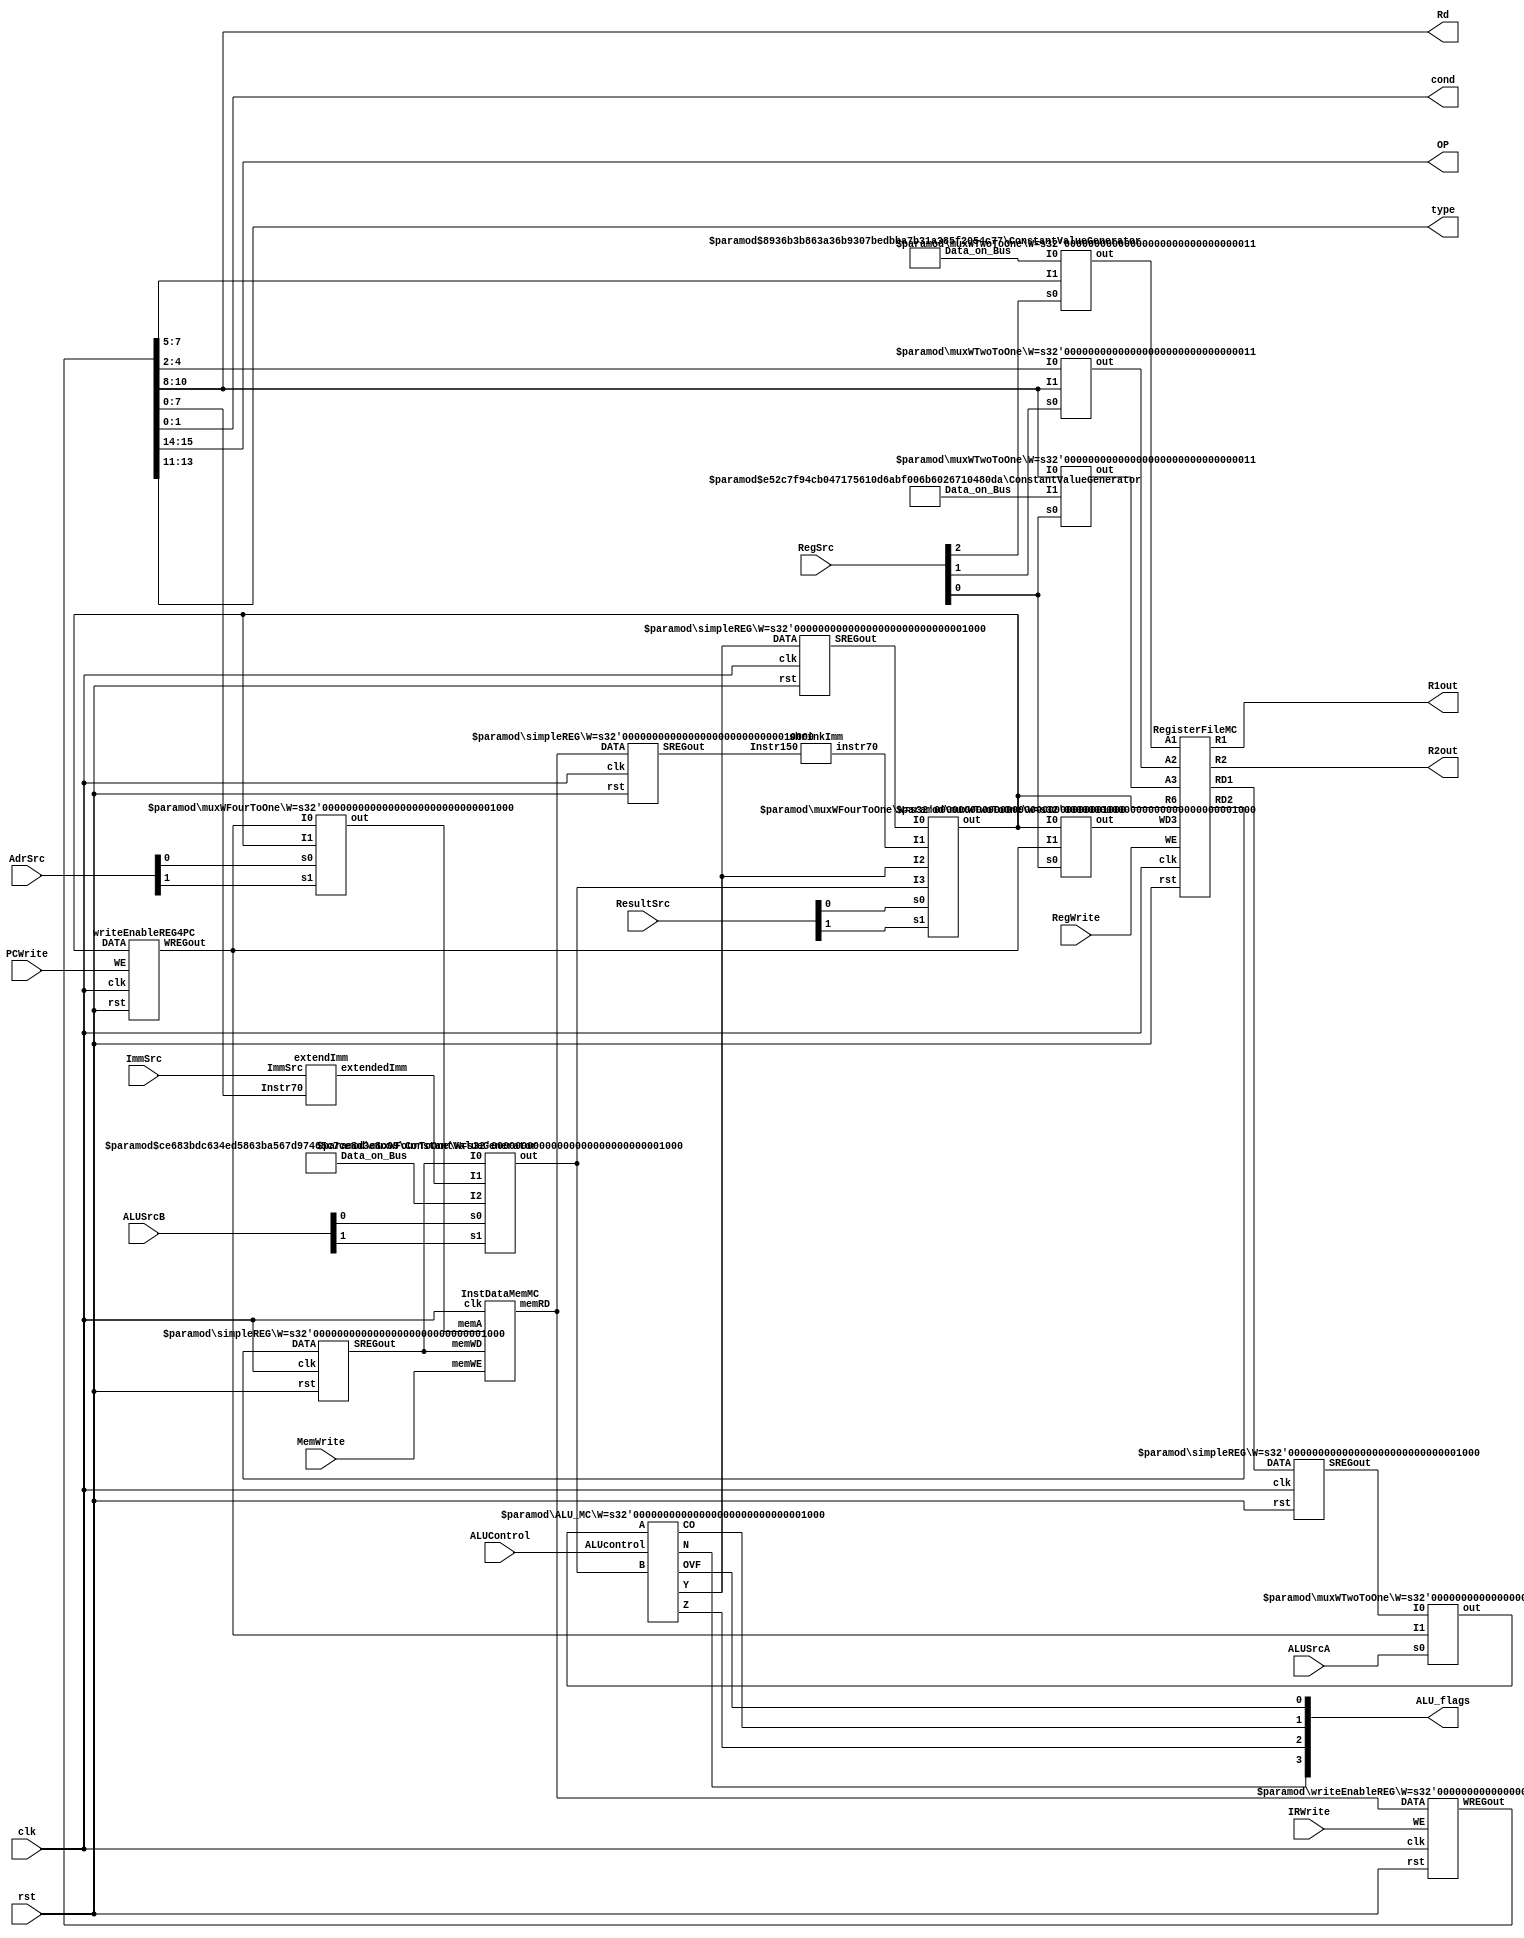
module multi_cycle_datapath(
	clk,
	rst,
	//control signal inputs
	PCWrite,
	MemWrite,
	IRWrite,
	ImmSrc,
	RegWrite,
	ALUSrcA,
	AdrSrc,
	ALUControl,
	ALUSrcB,
	RegSrc,
	ResultSrc,
	
	//desmostration purpose registers
	R1out,
	R2out,
	
	//controller inputs which is output for the datapath
	ALU_flags,
	cond,
	OP,
	type,
	Rd
	
);


input wire	clk;
input wire	rst;
input wire	PCWrite;
input wire	MemWrite;
input wire	IRWrite;
input wire	ImmSrc;
input wire	RegWrite;
input wire	ALUSrcA;
input wire	[1:0] AdrSrc;
input wire	[3:0] ALUControl;
input wire	[1:0] ALUSrcB;
input wire	[2:0] RegSrc;
input wire	[1:0] ResultSrc;

output wire	[7:0] R1out;
output wire	[7:0] R2out;

output wire [1:0]  cond;
output wire [1:0]  OP;
output wire [2:0]  type;
output wire	[3:0]  ALU_flags;
output wire [2:0]  Rd;



wire	[15:0] WREGout;
wire	[3:0] X;
wire	[7:0] SYNTHESIZED_WIRE_0;
wire	[7:0] SYNTHESIZED_WIRE_31;
wire	[7:0] SYNTHESIZED_WIRE_2;
wire	[7:0] SYNTHESIZED_WIRE_3;
wire	[7:0] SYNTHESIZED_WIRE_32;
wire	[2:0] SYNTHESIZED_WIRE_5;
wire	[2:0] SYNTHESIZED_WIRE_6;
wire	[7:0] SYNTHESIZED_WIRE_33;
wire	[7:0] SYNTHESIZED_WIRE_34;
wire	[7:0] SYNTHESIZED_WIRE_9;
wire	[15:0] SYNTHESIZED_WIRE_11;
wire	[2:0] SYNTHESIZED_WIRE_12;
wire	[2:0] SYNTHESIZED_WIRE_13;
wire	[2:0] SYNTHESIZED_WIRE_14;
wire	[7:0] SYNTHESIZED_WIRE_16;
wire	[7:0] SYNTHESIZED_WIRE_17;
wire	[7:0] SYNTHESIZED_WIRE_35;
wire	[7:0] SYNTHESIZED_WIRE_22;
wire	[7:0] SYNTHESIZED_WIRE_23;
wire	[7:0] SYNTHESIZED_WIRE_24;
wire	[7:0] SYNTHESIZED_WIRE_25;
wire	[15:0] SYNTHESIZED_WIRE_36;





InstDataMemMC	b2v_inst(
	.clk(clk),
	.memWE(MemWrite),
	.memA(SYNTHESIZED_WIRE_0),
	.memWD(SYNTHESIZED_WIRE_31),
	.memRD(SYNTHESIZED_WIRE_36));


simpleREG	b2v_inst10(
	.clk(clk),
	.rst(rst),
	.DATA(SYNTHESIZED_WIRE_2),
	.SREGout(SYNTHESIZED_WIRE_9));
	defparam	b2v_inst10.W = 8;


simpleREG	b2v_inst11(
	.clk(clk),
	.rst(rst),
	.DATA(SYNTHESIZED_WIRE_3),
	.SREGout(SYNTHESIZED_WIRE_31));
	defparam	b2v_inst11.W = 8;


simpleREG	b2v_inst12(
	.clk(clk),
	.rst(rst),
	.DATA(SYNTHESIZED_WIRE_32),
	.SREGout(SYNTHESIZED_WIRE_24));
	defparam	b2v_inst12.W = 8;


muxWTwoToOne	b2v_inst13(
	.s0(RegSrc[2]),
	.I0(SYNTHESIZED_WIRE_5),
	.I1(WREGout[7:5]),
	.out(SYNTHESIZED_WIRE_12));
	defparam	b2v_inst13.W = 3;


muxWTwoToOne	b2v_inst14(
	.s0(RegSrc[1]),
	.I0(WREGout[4:2]),
	.I1(WREGout[10:8]),
	.out(SYNTHESIZED_WIRE_13));
	defparam	b2v_inst14.W = 3;


muxWTwoToOne	b2v_inst15(
	.s0(RegSrc[0]),
	.I0(WREGout[10:8]),
	.I1(SYNTHESIZED_WIRE_6),
	.out(SYNTHESIZED_WIRE_14));
	defparam	b2v_inst15.W = 3;


muxWTwoToOne	b2v_inst16(
	.s0(RegSrc[0]),
	.I0(SYNTHESIZED_WIRE_33),
	.I1(SYNTHESIZED_WIRE_34),
	.out(SYNTHESIZED_WIRE_16));
	defparam	b2v_inst16.W = 8;


extendImm	b2v_inst17(
	.ImmSrc(ImmSrc),
	.Instr70(WREGout[7:0]),
	.extendedImm(SYNTHESIZED_WIRE_22));


muxWTwoToOne	b2v_inst18(
	.s0(ALUSrcA),
	.I0(SYNTHESIZED_WIRE_9),
	.I1(SYNTHESIZED_WIRE_34),
	.out(SYNTHESIZED_WIRE_17));
	defparam	b2v_inst18.W = 8;


shrinkImm	b2v_inst19(
	.Instr150(SYNTHESIZED_WIRE_11),
	.instr70(SYNTHESIZED_WIRE_25));


RegisterFileMC	b2v_inst2(
	.clk(clk),
	.rst(rst),
	.WE(RegWrite),
	.A1(SYNTHESIZED_WIRE_12),
	.A2(SYNTHESIZED_WIRE_13),
	.A3(SYNTHESIZED_WIRE_14),
	.R6(SYNTHESIZED_WIRE_33),
	.WD3(SYNTHESIZED_WIRE_16),
	.R1(R1out),
	.R2(R2out),
	.RD1(SYNTHESIZED_WIRE_2),
	.RD2(SYNTHESIZED_WIRE_3));


ConstantValueGenerator	b2v_inst20(
	.Data_on_Bus(SYNTHESIZED_WIRE_5));
	defparam	b2v_inst20.BUS_DATA = 3'b110;
	defparam	b2v_inst20.DATA_WIDTH = 3;


ConstantValueGenerator	b2v_inst21(
	.Data_on_Bus(SYNTHESIZED_WIRE_6));
	defparam	b2v_inst21.BUS_DATA = 3'b111;
	defparam	b2v_inst21.DATA_WIDTH = 3;


ConstantValueGenerator	b2v_inst22(
	.Data_on_Bus(SYNTHESIZED_WIRE_23));
	defparam	b2v_inst22.BUS_DATA = 3'b100;
	defparam	b2v_inst22.DATA_WIDTH = 8;


ALU_MC	b2v_inst3(
	.A(SYNTHESIZED_WIRE_17),
	.ALUcontrol(ALUControl),
	.B(SYNTHESIZED_WIRE_35),
	.N(X[3]),
	.Z(X[2]),
	.CO(X[1]),
	.OVF(X[0]),
	.Y(SYNTHESIZED_WIRE_32));
	defparam	b2v_inst3.W = 8;


muxWFourToOne	b2v_inst4(
	.s0(AdrSrc[0]),
	.s1(AdrSrc[1]),
	.I0(SYNTHESIZED_WIRE_34),
	.I1(SYNTHESIZED_WIRE_33),
	
	
	.out(SYNTHESIZED_WIRE_0));
	defparam	b2v_inst4.W = 8;


muxWFourToOne	b2v_inst5(
	.s0(ALUSrcB[0]),
	.s1(ALUSrcB[1]),
	.I0(SYNTHESIZED_WIRE_31),
	.I1(SYNTHESIZED_WIRE_22),
	.I2(SYNTHESIZED_WIRE_23),
	
	.out(SYNTHESIZED_WIRE_35));
	defparam	b2v_inst5.W = 8;


muxWFourToOne	b2v_inst6(
	.s0(ResultSrc[0]),
	.s1(ResultSrc[1]),
	.I0(SYNTHESIZED_WIRE_24),
	.I1(SYNTHESIZED_WIRE_25),
	.I2(SYNTHESIZED_WIRE_32),
	.I3(SYNTHESIZED_WIRE_35),
	.out(SYNTHESIZED_WIRE_33));
	defparam	b2v_inst6.W = 8;


writeEnableREG	b2v_inst7(
	.clk(clk),
	.rst(rst),
	.WE(IRWrite),
	.DATA(SYNTHESIZED_WIRE_36),
	.WREGout(WREGout));
	defparam	b2v_inst7.W = 16;


simpleREG	b2v_inst9(
	.clk(clk),
	.rst(rst),
	.DATA(SYNTHESIZED_WIRE_36),
	.SREGout(SYNTHESIZED_WIRE_11));
	defparam	b2v_inst9.W = 16;


writeEnableREG4PC	b2v_PCregister(
	.clk(clk),
	.rst(rst),
	.WE(PCWrite),
	.DATA(SYNTHESIZED_WIRE_33),
	.WREGout(SYNTHESIZED_WIRE_34));

	//assignment for the required controller inputs
assign	ALU_flags = X;
assign cond = WREGout[1:0];
assign OP = WREGout[15:14];
assign type = WREGout[13:11];
assign  Rd=WREGout[10:8];






endmodule
/*for the pc counter initialize with 0*/
module writeEnableREG4PC (DATA,clk,rst,WREGout,WE);
input rst,clk,WE;
input [7:0] DATA;
output reg [7:0] WREGout=8'b00000000;


always @(posedge clk)//due to sync reset issue
begin
	if(rst==1)
		begin
			WREGout<=0;
		end
	
	if(WE==1)
		begin
			WREGout<=DATA;
		end
			

end

endmodule






module ALU_MC #(parameter W=8) (ALUcontrol,A,B,Y,N,Z,CO,OVF);
//negative and zero bits are affected by ALU op
//CO and OVF are affected by arithmetics
input [3:0] ALUcontrol;
input [W-1:0] A,B;
output reg [W-1:0] Y; //output
output reg CO,OVF,N,Z; //cpsr
wire [W-1:0] Bcomp=~B; //bitwise not
wire [W-1:0] Acomp=~A; //bitwise not
reg E;
always @(*)
begin
	case(ALUcontrol)
	4'b0000: //add
	begin
		//update the overflow bit according to the signs
				{CO, Y} = A + B;
					if (A[W-1] ~^ B[W-1]) //if the signs are the same
						OVF = Y[W-1] ^ A[W-1];
					else
						OVF = 0;	
						
		
	end
	4'b0001: //subt a-b
	begin
//update the overflow bit according to the signs
					{CO, Y} = A + Bcomp+1;
					if ((A[W-1] ^ B[W-1]))
						OVF = Y[W-1] ^ A[W-1];
					else
						OVF = 0;
	end
	4'b0010: 
	begin   
			Y=A&B;   //and
			CO=0;
			OVF=0;

	end
	
		4'b0011: 
	begin   
	
			Y=A|B;   //or
			CO=0;
			OVF=0;
	
			
	end
		
		4'b0100: 
	begin   
	
			Y=A^B;   //xor
			CO=0;
			OVF=0;
	
			
	end
	
	4'b0101: 
	begin   
	
			Y=0;   //clear
			CO=0;
			OVF=0;
	
			
	end
	
	4'b0110: 
	begin   
	
			Y={A[6:0],A[7]};   //rol
			CO=0;
			OVF=0;
	
			
	end
	
		4'b0111: 
	begin   
	
			Y={A[0],A[7:1]};   //ror
			CO=0;
			OVF=0;
	
			
	end
	
	
	4'b1000:  //shift left lsl
	begin
		   Y=A<<1;
			CO=0;
			OVF=0;
	end

	4'b1001:  //shift right lsr
	begin
			Y=A>>1;
			CO=0;
			OVF=0;
	end

	
	4'b1010:	
	begin
			Y={A[7],A[7:1]};   //arithmetic shift right
			CO=0;
			OVF=0;
	end
	
	
	endcase
end


always @(*)
begin
		N = Y[W-1];
		Z = ~|Y;
end

endmodule

module extendImm
(
//data,shift no needfor the extendedImm
//memory inst imm5 for the ldr and str
//memory inst imm8 for the immediate
//branch no need to extend
//input port
input  	  ImmSrc,
input  	  [7:0]	Instr70, 
//output port
output    [7:0]  extendedImm
);
//ImmSrc 1 no change
//ImmSrc 0 imm5
assign extendedImm=ImmSrc ? Instr70 :{3'b0,Instr70[4:0]};


endmodule

//DATA MEMORY

 module InstDataMemMC  
 (  	// input ports
      input                clk,  
      input     [7:0]      memA,//memory address according to the address write or read occur    
      input     [7:0]      memWD,//memory write data, it specifies the memory data which can be written  
      input                memWE,//memory write enable  
      // output port 
      output    [15:0]      memRD  
 );  
      
		
      reg 		 [15:0] 		 DATAmem  [255:0]; 	
		
		//also maximum PC value is 252
		//however PC values are 0-4-8...252
		//memWD values are extended to 16 bits 
		//initialize the memory
	
		integer i;  
      initial
		  begin  
				//instructionMemory initialization
				//we have 16 bits in the memORY it is used instruction
				//instructions
				/*
					register file initial contents
					register_R[3] = 8'b00001111; //15
					register_R[4] = 8'b00011111; //31
					register_R[5] = 8'b00111111; //63

				*/

					DATAmem[0]	=  16'b0000_0001_0111_0000;//add rd 1 rn 3 rm 4  then result is " 46" initially r3=15 r4=31 r5=63
					DATAmem[4]	=  16'b0001_0010_1010_1100;//sub  r2=r5-r3 "48"
					DATAmem[8]	=  16'b0010_0001_0111_0000;//and  r1=r4&r3 "15"
					DATAmem[12]	=  16'b0010_1010_0111_0100;//orr  r2=r3|r5  "63"
					DATAmem[16]	=  16'b0011_0001_0110_0000;//xor  r1=r3^r0  "15" because r0 initially zero
					DATAmem[20]	=  16'b0011_1010_0000_0000;//clr r2 loaded with 0
					
					//shift operations shift rn and store it in rd
					DATAmem[24]	=  16'b0100_0001_0110_0000;//rol r1=rol r3
					DATAmem[28]	=  16'b0100_1010_1000_0000;//ror r2= ror r4
					DATAmem[32]	=  16'b0101_0001_1010_0000;//lsl r1= r5*2 126
					DATAmem[36]	=  16'b0101_1010_1000_0000;//asr r2=asr r4 
					DATAmem[40]	=  16'b0110_0001_1010_0000;//lsr r1= r5/2 31
					
					//memory instructions rd=r2
					DATAmem[44]	=  16'b1000_0010_0110_0101; //ldr r2,[r3,5]
					DATAmem[48]	=  16'b1001_0010_1111_1111;//ldi r2 255
					DATAmem[52]	=  16'b1010_0010_0110_0101; // str r2,[r3,5]
					//rd=1
					DATAmem[56]	=  16'b1000_0001_0110_0101; // ldr r1,[r3,5] 33+5=38
					
					//branch instructions
					DATAmem[60]	=  16'b1100_0000_0000_1000; //b pc+8+imm8(8)=76
					
					//B TO #76 branch here "B 76"
					DATAmem[76]	=  16'b1001_0010_0100_1100;//ldi r2 76 
					DATAmem[80]	=  16'b1100_1000_0001_0000; //bl branch with link to the 104
					
					//BL TO THE 104 "BL 104"
					DATAmem[104]	=  16'b1001_0010_0110_1000;//ldi r2 104 
					DATAmem[108]	=  16'b1100_0000_0101_1000; //b pc+8+imm8(64)=204
					
					//with branch at the 108 jump here
					DATAmem[204]	=  16'b1001_0010_1101_1000;//ldi r2 216
					
					//verfy branch indirect
					//bi r2
					DATAmem[208]	=  16'b1101_0000_0000_1000; //bi r2

					DATAmem[216]	=  16'b1001_0010_1111_1111;//jump to here after bi instruction
				//end of the instruction	
					
					DATAmem[220]	=  16'b0000_0000_0000_0000;
					DATAmem[224]	=  16'b0000_0000_0000_0000;
					DATAmem[228]	=  16'b0000_0000_0000_0000;
					DATAmem[232]	=  16'b0000_0000_0000_0000;
					DATAmem[236]	=  16'b0000_0000_0000_0000;
					DATAmem[240]	=  16'b0000_0000_0000_0000;
					DATAmem[244]	=  16'b0000_0000_0000_0000;
					DATAmem[248]	=  16'b0000_0000_0000_0000;
					DATAmem[252]	=  16'b0000_0000_0000_0000;
					
					
					
//data memory initialization
//data initialization
//instructions at the 0 4 8 12 ... 252 therefore others can be assigned randomly
           for(i=0;i<256;i=i+1)  
			  begin
					if(i%3'd4!=0)
						begin
							DATAmem[i] = i; 
						end
			  end
                
		  end  
			/*	
		initial begin
		$readmemh("memory.txt",DATAmem,0,255);
		end 
					*/
    

		//memory write operation
      always @(posedge clk) begin  
           if (memWE)  
			  begin
               DATAmem[memA] = {8'b0,memWD};//extended value is stored the memory 
			  end 
			  else
			  begin
			  //nothing
			  end
      end 
		
      assign memRD = DATAmem[memA]; //it provides the data which is specified by the address  
		
 endmodule  
 
 
 
/*
Implement a W-bit 2 to 1 and a W-bit 4 to 1 multiplexers, where W is a parameter specifying the
data width of the input.
*/
module muxWFourToOne #(parameter W=1)(s0,s1,I0,I1,I2,I3,out);

input s0;
input s1;
input [W-1:0] I0;
input [W-1:0] I1;
input [W-1:0] I2;
input [W-1:0] I3;

output reg [W-1:0] out;
wire [1:0] sel ={s1,s0};



always @(s0 or s1 or I0 or I1 or I2 or I3)
	begin
		 case (sel)
		 2'b00 : out = I0; 
		 2'b01 : out = I1; 
		 2'b10 : out = I2; 
		 2'b11 : out = I3; 
		 endcase
	end

endmodule



/*
Implement a W-bit 2 to 1 and a W-bit 4 to 1 multiplexers, where W is a parameter specifying the
data width of the input.
*/
module muxWTwoToOne #(parameter W=1)(s0,I1,I0,out);

input [W-1:0] I1;
input [W-1:0] I0;
input s0;
output [W-1:0] out;

assign out=s0 ? I1 : I0;

endmodule



module RegisterFileMC
 (   //input ports
      input                    clk,  
      input                    rst,  
      input                    WE,  //write enable signal
      input          [2:0]     A1 ,  
		input          [2:0]     A2,  
		input          [2:0]     A3,  
      input          [7:0]    WD3,  
      //output ports 
      output         [7:0]    RD1,    
      output         [7:0]    RD2,
		
		//demostration purposes
		output         [7:0]    R1,    
      output         [7:0]    R2,
		
		input 			[7:0]	   R6
 );  
      
		
		reg     			[7:0]    register_R [7:0]; //8 bits width and 8 bits length  
   
      always @ (posedge clk or posedge rst) begin  
		
           if(rst) begin  
			      //general purpose registers
               register_R[0] = 8'b0;
					register_R[1] = 8'b0;
					register_R[2] = 8'b0;
					register_R[3] = 8'b00001111; //15
					register_R[4] = 8'b00011111; //31
					register_R[5] = 8'b00111111; //63
					
					
					//link register
					register_R[7] = 8'b0;
					
					//pc represent the r6
					
           end  
			  
           else 
			  begin  
                if(WE) 
					 begin
                     register_R[A3] <= WD3;  //if WE is equal to 1 then corresponding register is written
                end  
           end  
			  
      end  
      assign RD1 = (A1==3'b110) ? R6:register_R[A1];  //read data 1
      assign RD2 = register_R[A2];  //read data 2
		assign R1 = register_R[1]; 
      assign R2 = register_R[2]; 
 endmodule   

 module shrinkImm
(

input  	 [15:0]	Instr150, 
//output port
output    [7:0]  instr70
);

assign instr70=Instr150[7:0];


endmodule
 

//it creates the constant value
module ConstantValueGenerator #(parameter DATA_WIDTH = 1,parameter BUS_DATA = 0) ( 
//port declerations
output wire [DATA_WIDTH-1:0] Data_on_Bus 
);
//assign DATA_BUS to the bus
assign Data_on_Bus [DATA_WIDTH-1:0]=BUS_DATA;

endmodule

module simpleREG #(parameter W=1) (DATA,clk,rst,SREGout);
input rst,clk;
input [W-1:0] DATA;
output reg [W-1:0] SREGout;


always @(posedge clk)
begin
	if(rst==1)
		begin
			SREGout<=0;
		end
	else
		begin
		
			SREGout<=DATA;
		end

end

endmodule


module writeEnableREG #(parameter W=1) (DATA,clk,rst,WREGout,WE);
input rst,clk,WE;
input [W-1:0] DATA;
output reg [W-1:0] WREGout;


always @(posedge clk)//due to sync reset issue
begin
	if(rst==1)
		begin
			WREGout<=0;
		end
	else
		begin
		
			if(WE==1)
				begin
					WREGout<=DATA;
				end
			
		end

end

endmodule